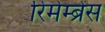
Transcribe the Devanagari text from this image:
रिमेम्ब्रेंस